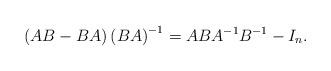
LaTeX: \begin{align*}\left(AB-BA\right)\left(BA\right)^{-1}=ABA^{-1}B^{-1}-I_n.\end{align*}